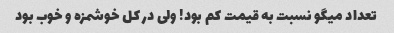
تعداد میگو نسبت به قیمت کم بود! ولی در کل خوشمزه و خوب بود